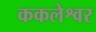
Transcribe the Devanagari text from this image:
ककलेश्वर